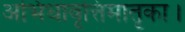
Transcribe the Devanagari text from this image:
अभिधावृत्तिमातृका।